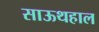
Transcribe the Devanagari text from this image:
साऊथहाल